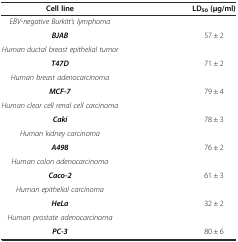
<table><thead><tr><td><b>Cell line</b></td><td><b>LD<sub>50</sub>(μg/ml)</b></td></tr></thead><tbody><tr><td><i>EBV-negative Burkitt’s lymphoma</i></td><td></td></tr><tr><td><b><i>BJAB</i></b></td><td>57 ± 2</td></tr><tr><td><i>Human ductal breast epithelial tumor</i></td><td></td></tr><tr><td><b><i>T47D</i></b></td><td>71 ± 2</td></tr><tr><td><i>Human breast adenocarcinoma</i></td><td></td></tr><tr><td><b><i>MCF-7</i></b></td><td>79 ± 4</td></tr><tr><td><i>Human clear cell renal cell carcinoma</i></td><td></td></tr><tr><td><b><i>Caki</i></b></td><td>78 ± 3</td></tr><tr><td><i>Human kidney carcinoma</i></td><td></td></tr><tr><td><b><i>A498</i></b></td><td>76 ± 2</td></tr><tr><td><i>Human colon adenocarcinoma</i></td><td></td></tr><tr><td><b><i>Caco-2</i></b></td><td>61 ± 3</td></tr><tr><td><i>Human epithelial carcinoma</i></td><td></td></tr><tr><td><b><i>HeLa</i></b></td><td>32 ± 2</td></tr><tr><td><i>Human prostate adenocarcinoma</i></td><td></td></tr><tr><td><b><i>PC-3</i></b></td><td>80 ± 6</td></tr></tbody></table>